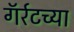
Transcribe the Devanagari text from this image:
गॅर्रटच्या